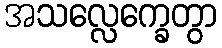
အသလ္လေက္ခေတွာ